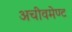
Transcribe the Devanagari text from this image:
अचीवमेण्ट